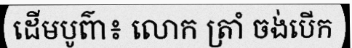
ដើមបូព៌ា៖ លោក ត្រាំ ចង់បើក